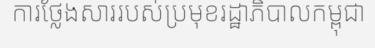
ការថ្លែងសាររបស់ប្រមុខរដ្ឋាភិបាលកម្ពុជា